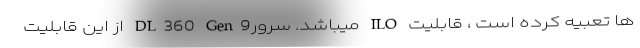
ها تعبیه کرده است ، قابلیت ILO میباشد. سرورDL360 Gen9 از این قابلیت